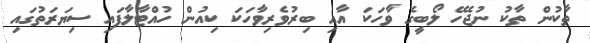
ތާކުން ތާކު ނުޖެހޭ ލޯބީގެ ވާހަކަ އާއި ބިރުވެރިވާހަކަ ކިއުން ހުއްޓާލާފައި ސިޔަރަތުގައި